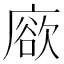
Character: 𢊦